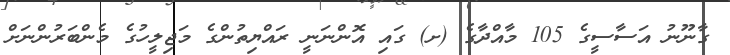
ގާނޫނު އަސާސީގެ 105 މާއްދާގެ (ށ) ގައި އޮންނަނީ ރައްޔިތުންގެ މަޖިލީހުގެ މެންބަރުންނަށް